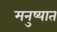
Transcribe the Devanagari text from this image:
मनुष्यात